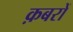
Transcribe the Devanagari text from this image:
क़बरों